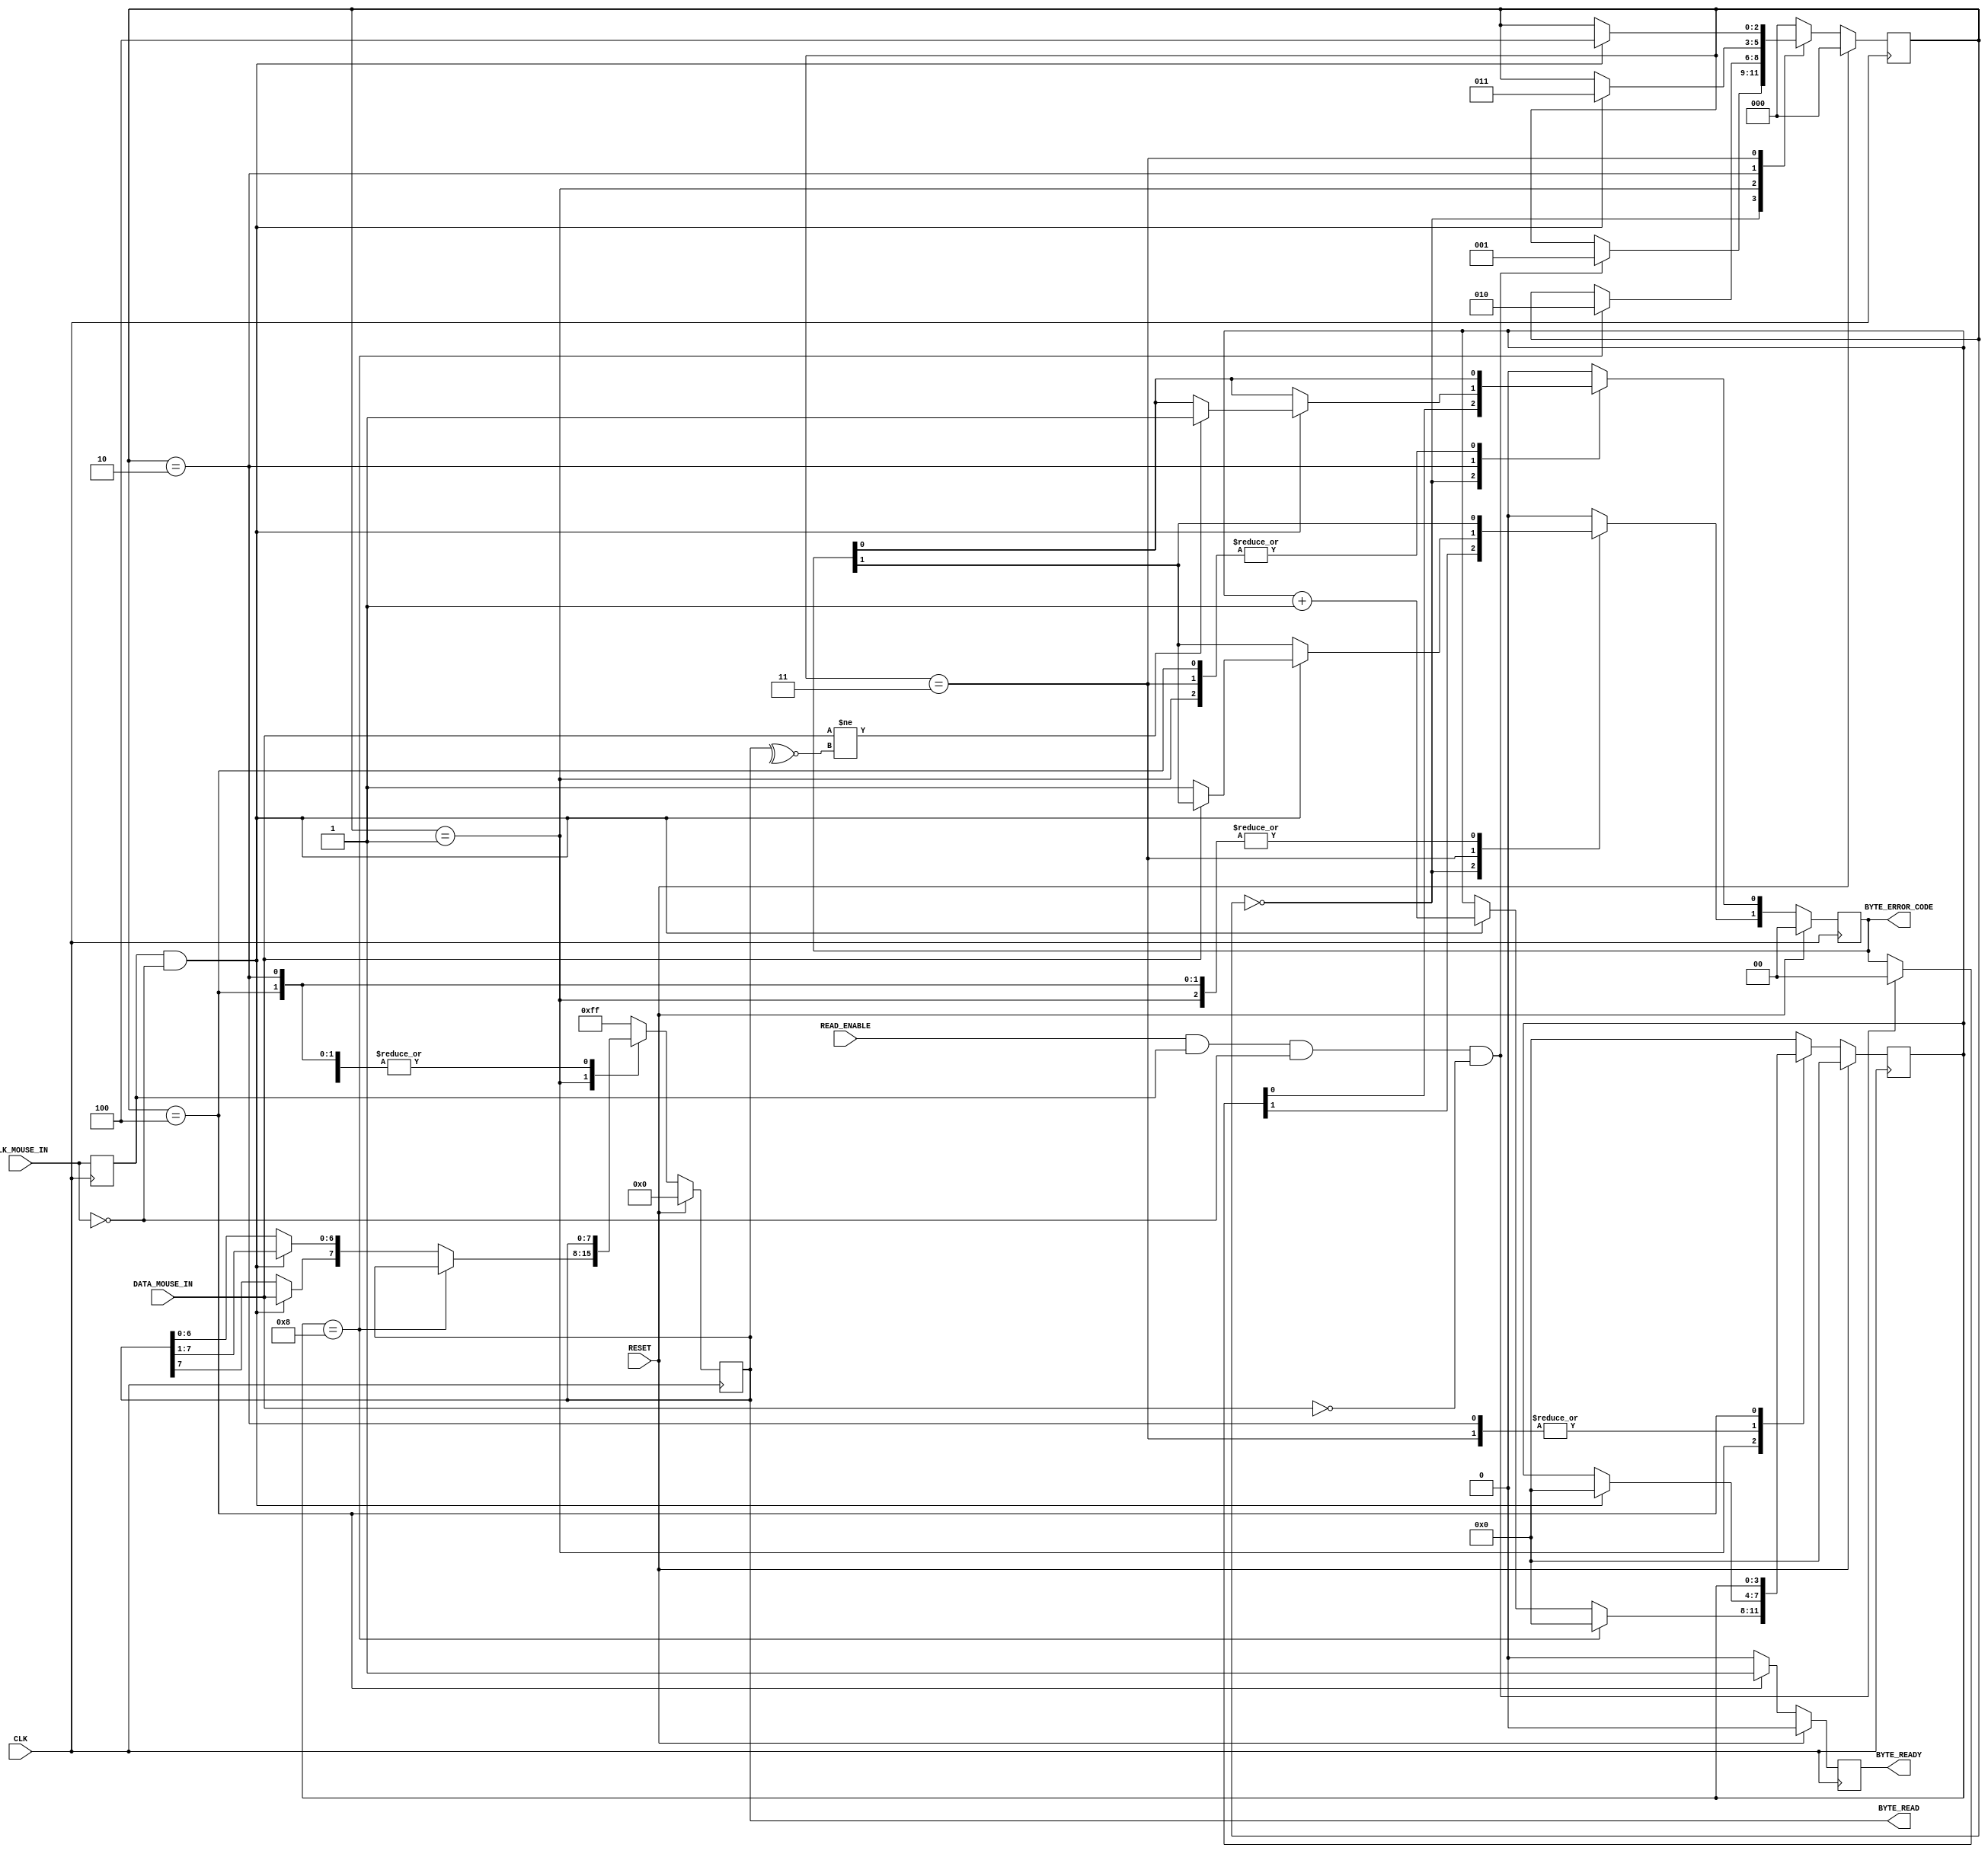
`timescale 1ns / 1ps
//////////////////////////////////////////////////////////////////////////////////
// Company: 
// Engineer: 
// 
// Design Name: 
// Module Name: MouseReceiver
// Project Name: 
// Target Devices: 
// Tool Versions: 
// Description: 
// 
// Dependencies: 
// 
// Revision:
// Revision 0.01 - File Created
// Additional Comments:
// 
//////////////////////////////////////////////////////////////////////////////////


module MouseReceiver(
    //Standard Inputs
    input RESET,
    input CLK,
    //Mouse IO - CLK
    input CLK_MOUSE_IN,
    //Mouse IO - DATA
    input DATA_MOUSE_IN,
    //Control
    input READ_ENABLE,
    output [7:0] BYTE_READ,
    output [1:0] BYTE_ERROR_CODE,
    output BYTE_READY
    
    );
    //////////////////////////////////////////////////////////
// Clk Mouse delayed to detect clock edges 
    reg ClkMouseInDly;
    always@(posedge CLK)
    ClkMouseInDly <= CLK_MOUSE_IN;
//////////////////////////////////////////////////////////
//A simple state machine to handle the incoming 11-bit codewords
    reg [2:0] Curr_State, Next_State;
    reg [7:0] Curr_MSCodeShiftReg, Next_MSCodeShiftReg;
    reg [3:0] Curr_BitCounter, Next_BitCounter;
    reg Curr_ByteReceived, Next_ByteReceived;
    reg [1:0] Curr_MSCodeStatus, Next_MSCodeStatus;
    reg [15:0] Curr_TimeoutCounter, Next_TimeoutCounter;
//Sequential
    always@(posedge CLK) begin
            if(RESET) begin
        Curr_State <= 3'b000;
        Curr_MSCodeShiftReg <= 8'h00;
        Curr_BitCounter <= 0;
        Curr_ByteReceived <= 1'b0;
        Curr_MSCodeStatus <= 2'b00;
        Curr_TimeoutCounter <= 0;
        end else begin
        Curr_State <= Next_State;
        Curr_MSCodeShiftReg <= Next_MSCodeShiftReg;
        Curr_BitCounter <= Next_BitCounter;
        Curr_ByteReceived <= Next_ByteReceived;
        Curr_MSCodeStatus <= Next_MSCodeStatus;
        Curr_TimeoutCounter <= Next_TimeoutCounter;
        end
    end
//Combinatorial
     always@* begin
//defaults to make the State Machine more readable
        Next_State = Curr_State;
        Next_MSCodeShiftReg = Curr_MSCodeShiftReg;
        Next_BitCounter = Curr_BitCounter;
        Next_ByteReceived = 1'b0;
        Next_MSCodeStatus = Curr_MSCodeStatus;
        Next_TimeoutCounter = Curr_TimeoutCounter + 1'b1;
//The states
        case (Curr_State)
        3'b000: begin
 //Falling edge of Mouse clock and MouseData is low i.e. start bit
          if(READ_ENABLE & ClkMouseInDly & ~CLK_MOUSE_IN & ~DATA_MOUSE_IN) begin
             Next_State = 3'b001;
             Next_MSCodeStatus = 2'b00;
           end
         Next_BitCounter = 0; 
         end
 // Read successive byte bits from the mouse here
        3'b001: begin
          if(Curr_TimeoutCounter ==100000) // 1ms timeout
             Next_State = 3'b000;
          else if(Curr_BitCounter == 8) begin // if last bit go to parity bit check 
                Next_State = 3'b010;
                Next_BitCounter = 0;
          end else if(ClkMouseInDly & ~CLK_MOUSE_IN) begin //Shift Byte bits in
                Next_MSCodeShiftReg[6:0] = Curr_MSCodeShiftReg[7:1];
                Next_MSCodeShiftReg[7] = DATA_MOUSE_IN;
                Next_BitCounter = Curr_BitCounter + 1;
                Next_TimeoutCounter = 0;
            end
        end
 //Check Parity Bit
        3'b010: begin
//Falling edge of Mouse clock and MouseData is odd parity
         if(Curr_TimeoutCounter == 100000)
                Next_State = 3'b000;
         else if(ClkMouseInDly & ~CLK_MOUSE_IN) begin
         if (DATA_MOUSE_IN != ~^Curr_MSCodeShiftReg[7:0]) // Parity bit error
                Next_MSCodeStatus[0] = 1'b1;
                Next_BitCounter = 0;
                Next_State = 3'b011;
                Next_TimeoutCounter = 0;
          end
       end
//My code:

        3'b011: begin
          if(Curr_TimeoutCounter == 100000) //check for the time-out
             Next_State = 3'b000;
          else if(ClkMouseInDly & ~CLK_MOUSE_IN) begin 
          if (~DATA_MOUSE_IN)
                Next_MSCodeStatus[1] = 1'b1;
                Next_BitCounter = 0;
                Next_State = 3'b100;
                Next_TimeoutCounter = 0;
             end
        end
        
        3'b100: begin
                Next_State = 3'b000;
                Next_ByteReceived = 1'b1;
        end
        
         default: begin
                Next_State = 3'b000;
                Next_TimeoutCounter = 0;
                Next_ByteReceived = 1'b0;
                Next_MSCodeShiftReg = 8'hFF;
                Next_BitCounter = 4'h0;
                Next_MSCodeStatus = 2'b00;
             end
        
        endcase
 end
     assign BYTE_READY = Curr_ByteReceived;
     assign BYTE_READ = Curr_MSCodeShiftReg; 
     assign BYTE_ERROR_CODE = Curr_MSCodeStatus;
   
endmodule